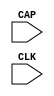
///////////////////////////////////////////////////////
//  Copyright (c) 2009 Xilinx Inc.
//  All Right Reserved.
///////////////////////////////////////////////////////
//
//   ____   ___
//  /   /\/   / 
// /___/  \  /     Vendor      : Xilinx 
// \  \    \/      Version     :  12.1
//  \  \           Description : 
//  /  /                      
// /__/   /\       Filename    : CAPTUREE2.v
// \  \  /  \ 
//  \__\/\__ \                    
//                                 
//  Generated by :	/home/chen/xfoundry/HEAD/env/Databases/CAEInterfaces/LibraryWriters/bin/ltw.pl
//  Revision:		1.0
//     05/09/12 - removed GSR reference (CR 659430).
//    10/22/14 - Added #1 to $finish (CR 808642).
//     End Revision
///////////////////////////////////////////////////////

`timescale 1 ps / 1 ps 

`celldefine

module CAPTUREE2 (
  CAP,
  CLK
);

  parameter ONESHOT = "TRUE";

  `ifdef XIL_TIMING

    parameter LOC = "UNPLACED";

  `endif


  input CAP;
  input CLK;

  reg [0:0] ONESHOT_BINARY;

  reg notifier;


  wire CAP_IN;
  wire CLK_IN;

  wire CAP_INDELAY;
  wire CLK_INDELAY;

  initial begin
    case (ONESHOT)
      "TRUE" : ONESHOT_BINARY = 1'b1;
      "FALSE" : ONESHOT_BINARY = 1'b0;
      default : begin
        $display("Attribute Syntax Error : The Attribute ONESHOT on CAPTUREE2 instance %m is set to %s.  Legal values for this attribute are TRUE, or FALSE.", ONESHOT);
        #1 $finish;
      end
    endcase

  end


  buf B_CAP (CAP_IN, CAP);
  buf B_CLK (CLK_IN, CLK);

  specify

  `ifdef XIL_TIMING
    $period (posedge CLK, 0:0:0, notifier);
    $setuphold (posedge CLK, negedge CAP, 0:0:0, 0:0:0, notifier,,, delay_CLK, delay_CAP);
    $setuphold (posedge CLK, posedge CAP, 0:0:0, 0:0:0, notifier,,, delay_CLK, delay_CAP);

  `endif //  `ifdef XIL_TIMING

    specparam PATHPULSE$ = 0;
  endspecify
endmodule

`endcelldefine